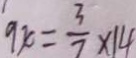
9 x = \frac { 3 } { 7 } \times 1 4